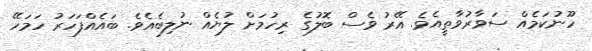
ހޫނުކަމެއް ސަވާރުވާތީއެވެ. އޭރު ވެސް ބޮލުގެ ރިހުމަށް ލުޔެއް ނުލިބެއެވެ. ބަައެއްފަހަރު ހަމަހޭ